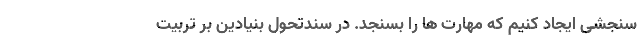
سنجشی ایجاد کنیم که مهارت ها را بسنجد. در سندتحول بنیادین بر تربیت